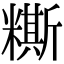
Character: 𥼤